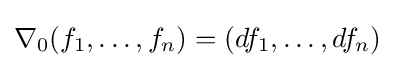
\nabla _{0}(f_{1},\dots ,f_{n})=(df_{1},\dots ,df_{n})